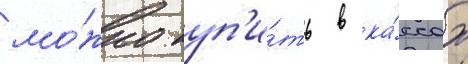
мо́жно куп'и́ть в ка́ссах